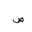
Letter: _sad